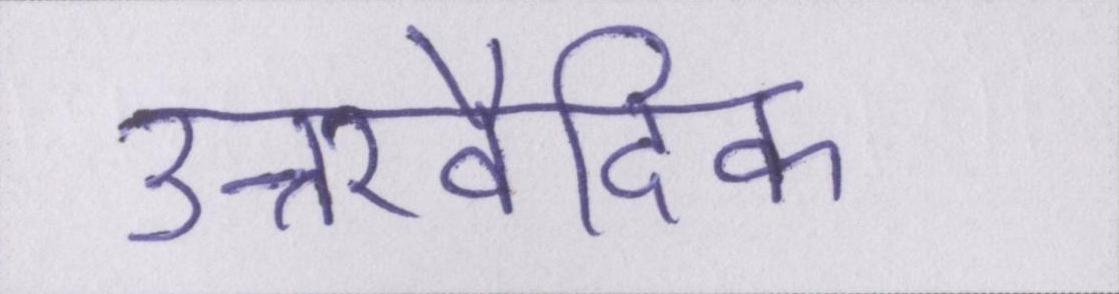
उत्तरवैदिक